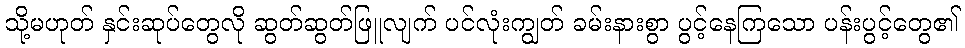
သို့မဟုတ် နှင်းဆုပ်တွေလို ဆွတ်ဆွတ်ဖြူလျက် ပင်လုံးကျွတ် ခမ်းနားစွာ ပွင့်နေကြသော ပန်းပွင့်တွေ၏